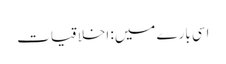
اسی بارے میں: اخلاقیات